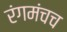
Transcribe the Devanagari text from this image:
रंगमंचच